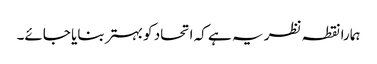
ہمارا نقطہ نظر یہ ہے کہ اتحاد کو بہتر بنایا جائے۔